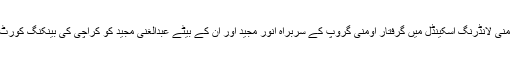
اس سے قبل میگا منی لانڈرنگ اسکینڈل میں گرفتار اومنی گروپ کے سربراہ انور مجید اور ان کے بیٹے عبدالغنی مجید کو کراچی کی بینکنگ کورٹ میں پیش کیا گیا۔